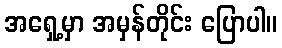
အရှေ့မှာ အမှန်တိုင်း ပြောပါ။